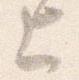
上